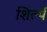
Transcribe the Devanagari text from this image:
शिल्पें